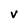
Character: V